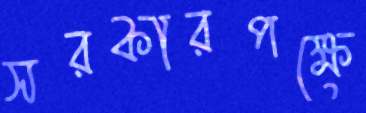
সরকারপক্ষে